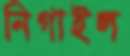
নিগাইল